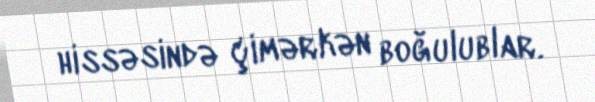
hissəsində çimərkən boğulublar.